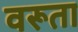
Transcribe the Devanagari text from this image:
वरूता